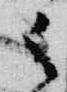
御